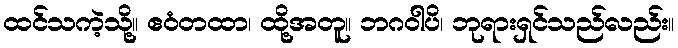
ထင်သကဲ့သို့။ ဧဝံတထာ၊ ထို့အတူ။ ဘဂဝါပိ၊ ဘုရားရှင်သည်လည်း။